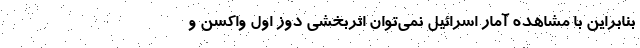
بنابراین با مشاهده آمار اسرائیل نمی‌توان اثربخشی دوز اول واکسن و